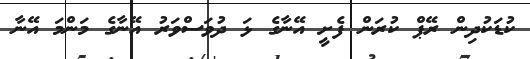
ކުޑަކުދިން ރޭޕް ކުރަން ފެށީ އޭނާގެ ޅަ ދުވަސްވަރު އޭނާގެ މަންމަ އޭނާ